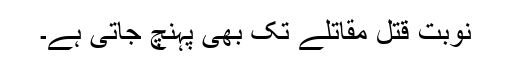
نوبت قتل مقاتلے تک بھی پہنچ جاتی ہے۔